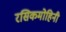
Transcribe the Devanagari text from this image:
रसिकमोहिनी